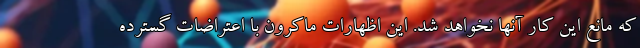
که مانع این کار آنها نخواهد شد. این اظهارات ماکرون با اعتراضات گسترده